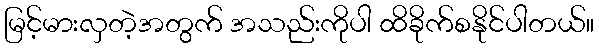
မြင့်မားလှတဲ့အတွက် အသည်းကိုပါ ထိခိုက်စနိုင်ပါတယ်။